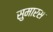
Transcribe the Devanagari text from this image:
सुमारस